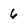
Character: 6